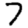
Digit: 7